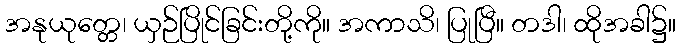
အနုယုတ္တေ၊ ယှဉ်ပြိုင်ခြင်းတို့ကို။ အကာသိ၊ ပြုပြီ။ တဒါ၊ ထိုအခါ၌။